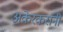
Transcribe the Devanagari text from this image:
अकेरकरांनी